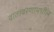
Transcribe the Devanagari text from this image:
वातावरणामधील